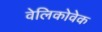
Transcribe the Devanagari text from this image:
वेलिकोवेक